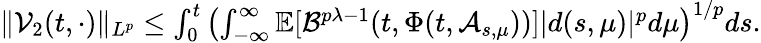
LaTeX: \begin{array}{r}{\| \mathcal{V}_{2}(t,\cdot)\| _{L^{p}}\leq\int_{0}^{t}\left(\int_{-\infty}^{\infty}\mathbb{E}[\mathcal{B}^{p\lambda-1}(t,\Phi(t,\mathcal{A}_{s,\mu}))]|d(s,\mu)|^{p}d\mu\right)^{1/p}ds.}\end{array}